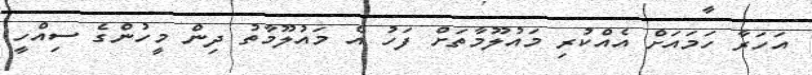
އަހަރާ ހަމައަށް އެއްކުރި މައުލޫމާތަށް ފަހު އެ މައުލޫމާތު ދިން މީހުންގެ ސިއްހީ